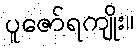
ပူဇော်ရကျိုး။